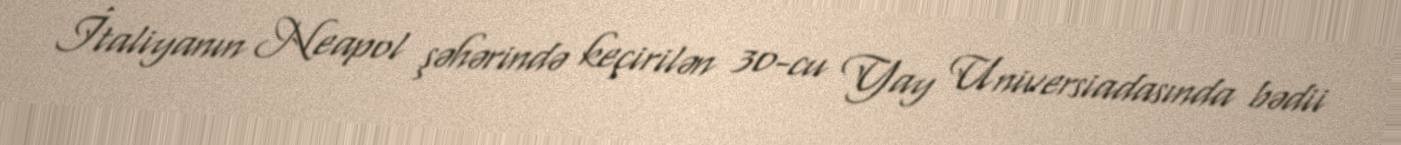
İtaliyanın Neapol şəhərində keçirilən 30-cu Yay Universiadasında bədii